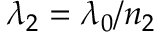
\, \lambda _ { 2 } = \lambda _ { 0 } / n _ { 2 }